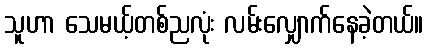
သူဟာ သေမယ့်တစ်ညလုံး လမ်းလျှောက်နေခဲ့တယ်။